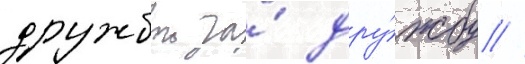
дружбои за́ дру́жбу //